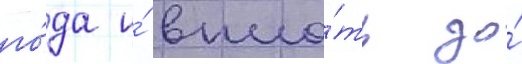
го́да и́ впло́ть до́